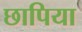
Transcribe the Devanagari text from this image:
छापिया